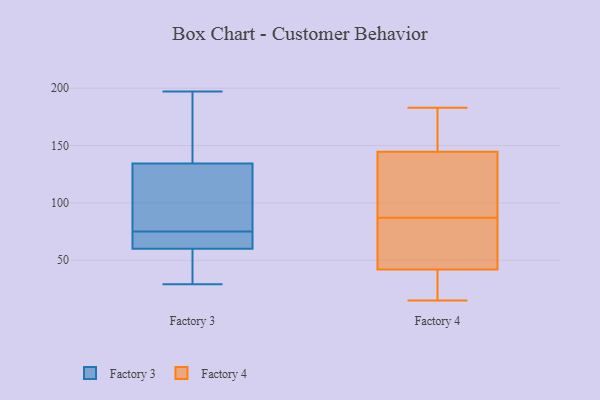
{"axis": {"x": "Revenue (USD Million)", "y": "Value"}, "legend": ["Factory 3", "Factory 4"], "data": [{"x": "", "y": 29, "type": "Factory 3"}, {"x": "", "y": 117, "type": "Factory 3"}, {"x": "", "y": 70, "type": "Factory 3"}, {"x": "", "y": 31, "type": "Factory 3"}, {"x": "", "y": 36, "type": "Factory 3"}, {"x": "", "y": 90, "type": "Factory 3"}, {"x": "", "y": 189, "type": "Factory 3"}, {"x": "", "y": 67, "type": "Factory 3"}, {"x": "", "y": 144, "type": "Factory 3"}, {"x": "", "y": 74, "type": "Factory 3"}, {"x": "", "y": 83, "type": "Factory 3"}, {"x": "", "y": 39, "type": "Factory 3"}, {"x": "", "y": 189, "type": "Factory 3"}, {"x": "", "y": 68, "type": "Factory 3"}, {"x": "", "y": 197, "type": "Factory 3"}, {"x": "", "y": 131, "type": "Factory 3"}, {"x": "", "y": 75, "type": "Factory 3"}, {"x": "", "y": 116, "type": "Factory 4"}, {"x": "", "y": 87, "type": "Factory 4"}, {"x": "", "y": 101, "type": "Factory 4"}, {"x": "", "y": 151, "type": "Factory 4"}, {"x": "", "y": 70, "type": "Factory 4"}, {"x": "", "y": 17, "type": "Factory 4"}, {"x": "", "y": 37, "type": "Factory 4"}, {"x": "", "y": 18, "type": "Factory 4"}, {"x": "", "y": 57, "type": "Factory 4"}, {"x": "", "y": 59, "type": "Factory 4"}, {"x": "", "y": 175, "type": "Factory 4"}, {"x": "", "y": 168, "type": "Factory 4"}, {"x": "", "y": 125, "type": "Factory 4"}, {"x": "", "y": 15, "type": "Factory 4"}, {"x": "", "y": 97, "type": "Factory 4"}, {"x": "", "y": 76, "type": "Factory 4"}, {"x": "", "y": 183, "type": "Factory 4"}, {"x": "", "y": 27, "type": "Factory 4"}, {"x": "", "y": 154, "type": "Factory 4"}]}